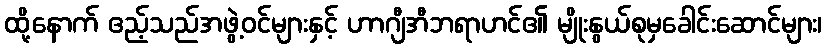
ထို့နောက် ဧည့်သည်အဖွဲ့ဝင်များနှင့် ဟာဂျီအီဘရာဟင်၏ မျိုးနွယ်စုမှခေါင်းဆောင်များ၊